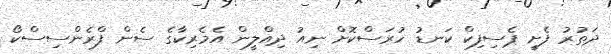
ދަތުރު ފެށީ ޕެސިފިކް ކަނޑު ހުރަސްކޮށް ނިއު ދިއްލީން އެމެރިކާގެ ސެން ފްރެންސިސްކޯ